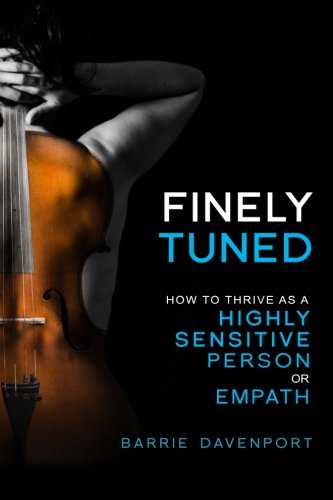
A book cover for Finely Tuned: How To Thrive As A Highly Sensitive Person or Empath; Barrie Davenport; Self-Help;